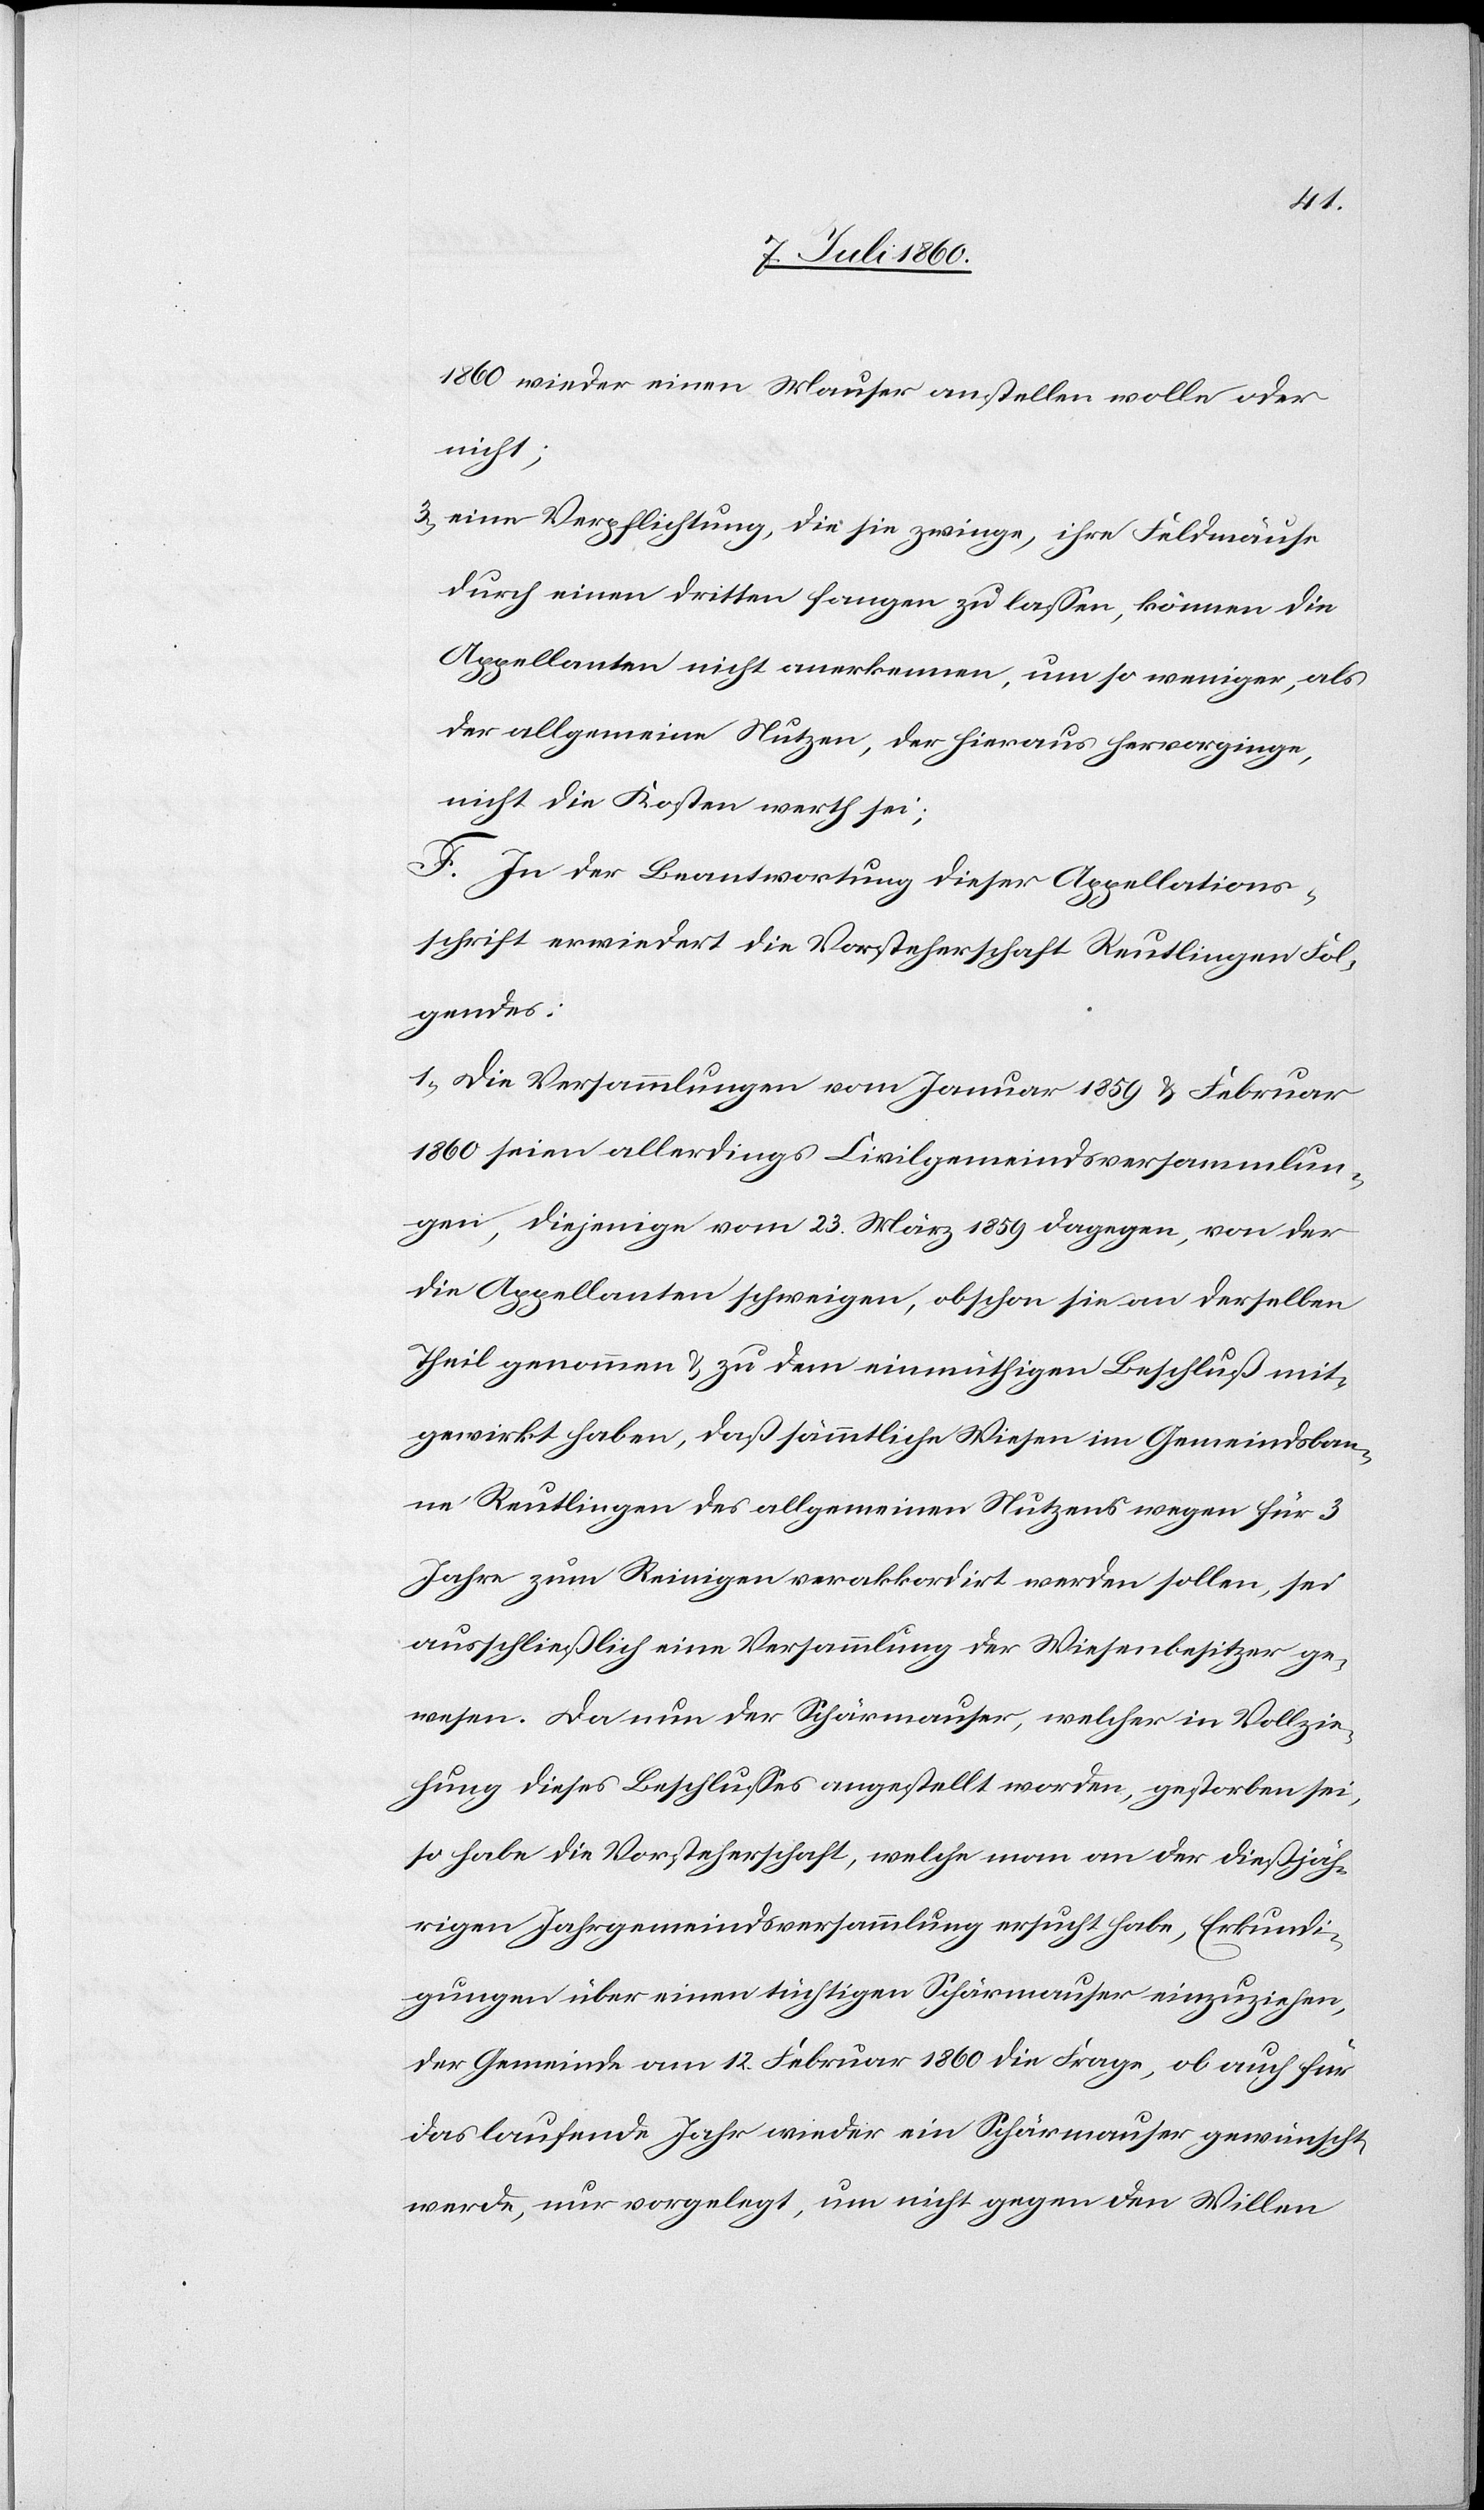
1860 wieder einen Mauser anstellen wolle oder
nicht;
3) eine Verpflichtung, die sie zwinge, ihre Feldmäuse
durch einen dritten fangen zu lassen, können die
Appellanten nicht anerkennen, um so weniger, als
der allgemeine Nutzen, der hieraus hervorginge,
nicht die Kosten werth sei;
F. In der Beantwortung dieser Appellations¬
schrift erwiedert die Vorsteherschaft Reutlingen Fol¬
gendes:
1) Die Versammlungen vom Januar 1859 & Februar
1860 seien allerdings Civilgemeindsversammlun¬
gen, diejenige vom 23. März 1859 dagegen, von der
die Appellanten schweigen, obschon sie an derselben
Theil genommen & zu dem einmüthigen Beschluß mit¬
gewirkt haben, daß sämmtliche Wiesen im Gemeindsban¬
ne Reutlingen des allgemeinen Nutzens wegen für 3
Jahre zum Reinigen verakkordirt werden sollen, sei
ausschließlich eine Versammlung der Wiesenbesitzer ge¬
wesen. Da nun der Schärmauser, welcher in Vollzie¬
hung dieses Beschlusses angestellt worden, gestorben sei,
so habe die Vorsteherschaft, welche man an der dießjäh¬
rigen Jahrgemeindsversammlung ersucht habe, Erkundi¬
gungen über einen tüchtigen Schärmauser einzuziehen,
der Gemeinde am 12. Februar 1860 die Frage, ob auch für
das laufende Jahr wieder ein Schärmauser gewünscht
werde, nur vorgelegt, um nicht gegen den Willen